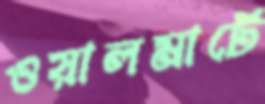
ওয়ালমার্টে